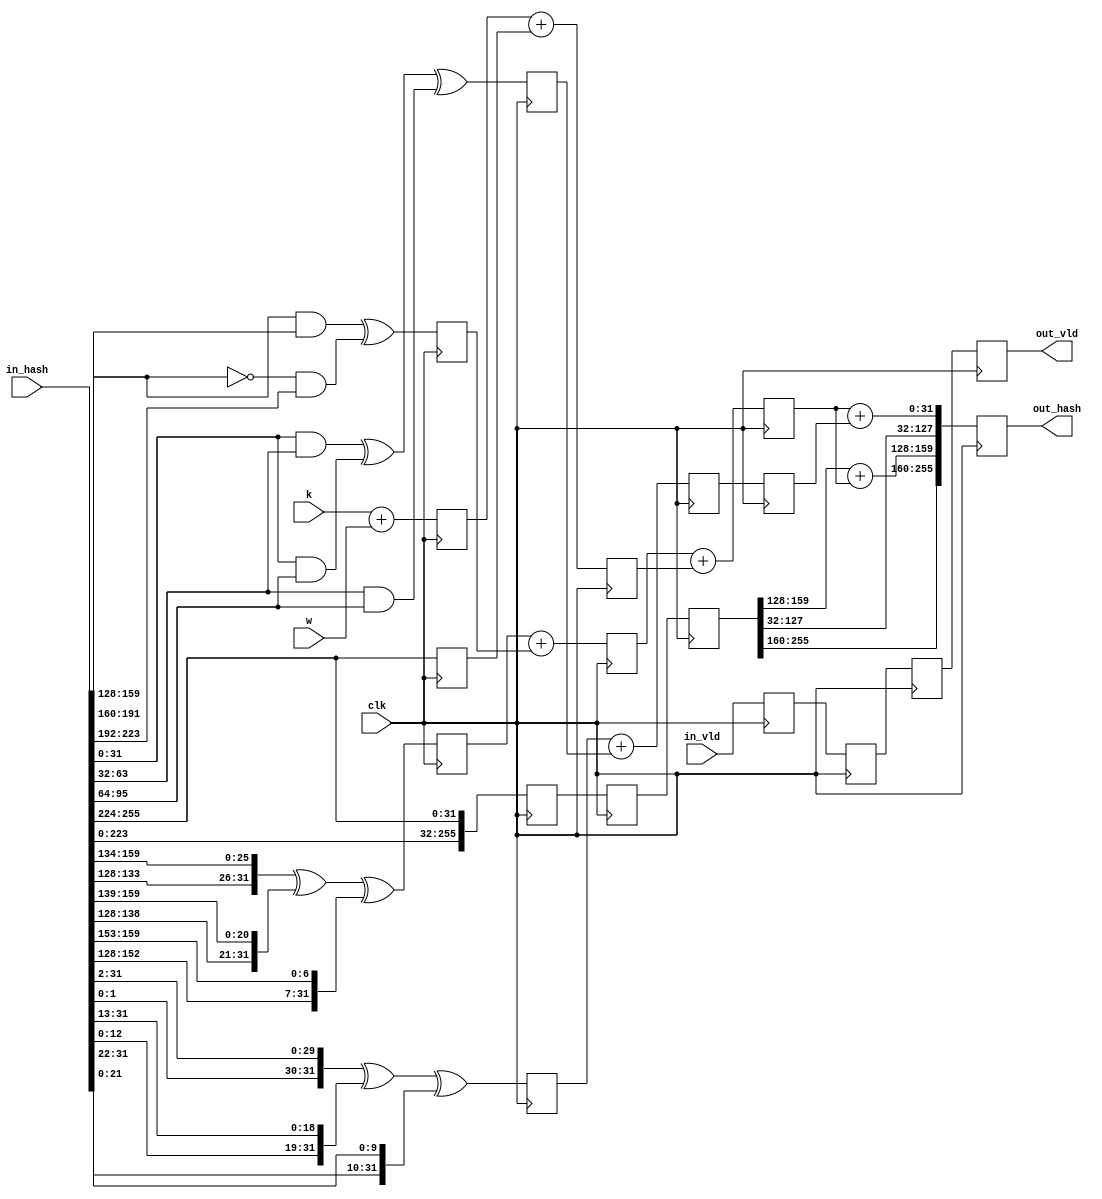
module compress (
    input clk,
    input [31:0] w,
    input [31:0] k,
    input [32*8-1:0] in_hash,
    input in_vld,
    output [32*8-1:0] out_hash,
    output out_vld
);
    integer i;
    wire [31:0] a;
    wire [31:0] b;
    wire [31:0] c;
    wire [31:0] d;
    wire [31:0] e;
    wire [31:0] f;
    wire [31:0] g;
    wire [31:0] h;
    assign a = in_hash[31:0];
    assign b = in_hash[63:32];
    assign c = in_hash[95:64];
    assign d = in_hash[127:96];
    assign e = in_hash[159:128];
    assign f = in_hash[191:160];
    assign g = in_hash[223:192];
    assign h = in_hash[255:224];

    // pipestage1. S1, ch, S0, maj, sum_kw, out_hash
    reg [31:0] s1_S1 = 0;
    reg [31:0] s1_ch = 0;
    reg [31:0] s1_S0 = 0;
    reg [31:0] s1_maj = 0;
    reg [31:0] s1_sum_kw = 0;
    reg [31:0] s1_h = 0;
    reg [32*8-1:0] s1_out_hash = 0;
    reg s1_vld = 0;

    always @(posedge clk) begin
        s1_S1 <= {e[5:0], e[31:6]} ^ {e[10:0], e[31:11]} ^ {e[24:0], e[31:25]};
        s1_ch <= (e & f) ^ ((~e) & g);
        s1_S0 <= {a[1:0], a[31:2]} ^ {a[12:0], a[31:13]} ^ {a[21:0], a[31:22]};
        s1_maj <= (a & b) ^ (a & c) ^ (b & c);
        s1_sum_kw <= k+w;
        s1_h <= h;
        s1_out_hash <= {in_hash[223:0], in_hash[255:224]};
        s1_vld <= in_vld;
    end

    // pipestage2. sum_S1_ch, sum_kwh, temp2, out_hash
    reg [31:0] s2_sum_S1_ch = 0;
    reg [31:0] s2_sum_kwh = 0;
    reg [31:0] s2_temp2 = 0;
    reg [32*8-1:0] s2_out_hash = 0;
    reg s2_vld = 0;

    always @(posedge clk) begin
        s2_sum_S1_ch <= s1_S1+s1_ch;
        s2_sum_kwh <= s1_sum_kw+s1_h;
        s2_temp2 <= s1_S0+s1_maj;
        s2_out_hash <= s1_out_hash;
        s2_vld <= s1_vld;
    end

    // pipestage3. temp1, temp2, out_hash
    reg [31:0] s3_temp1 = 0; 
    reg [31:0] s3_temp2 = 0; 
    reg [32*8-1:0] s3_out_hash = 0; 
    reg s3_vld = 0;

    always @(posedge clk) begin
        s3_temp1 <= s2_sum_S1_ch+s2_sum_kwh;
        s3_temp2 <= s2_temp2;
        s3_out_hash <= s2_out_hash;
        s3_vld <= s2_vld;
    end

    // pipestage4. 
    reg [32*8-1:0] s4_out_hash = 0;
    reg s4_vld = 0;

    always @(posedge clk) begin
        s4_out_hash[31:0] <= s3_temp1+s3_temp2;
        s4_out_hash[63:32] <= s3_out_hash[63:32];
        s4_out_hash[95:64] <= s3_out_hash[95:64];
        s4_out_hash[127:96] <= s3_out_hash[127:96];
        s4_out_hash[159:128] <= s3_out_hash[159:128]+s3_temp1;
        s4_out_hash[191:160] <= s3_out_hash[191:160];
        s4_out_hash[223:192] <= s3_out_hash[223:192];
        s4_out_hash[255:224] <= s3_out_hash[255:224];
        s4_vld <= s3_vld;
    end
    
    assign out_hash = s4_out_hash;
    assign out_vld = s4_vld;
endmodule